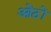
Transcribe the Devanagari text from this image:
ओंठों